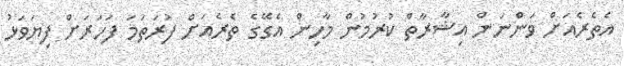
އެތެރެއަށް ވަންނަން އިޝާރާތް ކުރުމުން މާހިން އެގޭގެ ތެރެއަށް ފުރަތަމަ ފަހަރަށް ފިޔަވަޅު